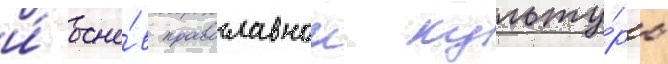
и́ осно́в православнои культу́ры